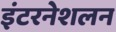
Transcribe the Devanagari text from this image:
इंटरनेशलन